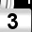
Digit: 3